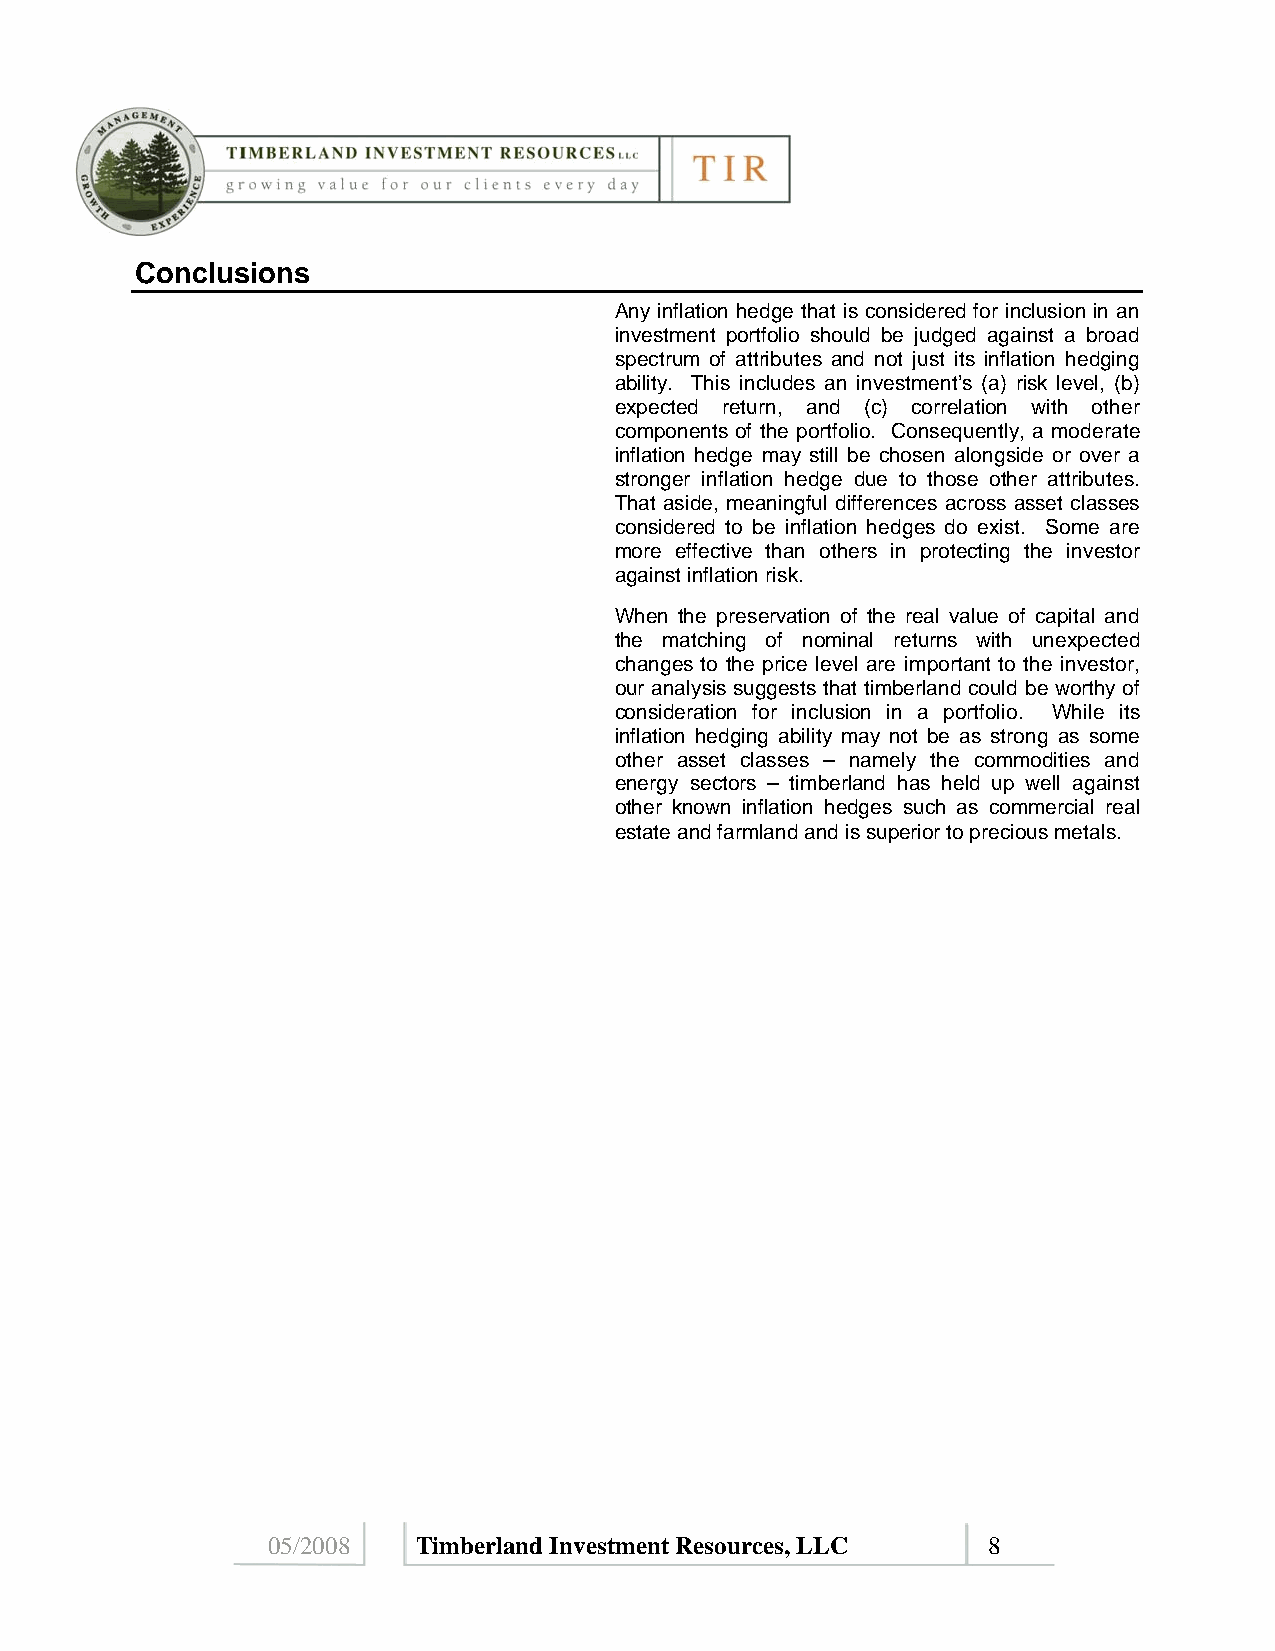
Conclusions
 Any inflation hedge that is considered for inclusion in an
 investment portfolio should be judged against a broad
 spectrum of attributes and not just its inflation hedging
 ability. This includes an investment’s (a) risk level, (b)
 expected return, and (c) correlation with other
 components of the portfolio. Consequently, a moderate
 inflation hedge may still be chosen alongside or over a
 stronger inflation hedge due to those other attributes.
 That aside, meaningful differences across asset classes
 considered to be inflation hedges do exist. Some are
 more effective than others in protecting the investor
 against inflation risk.
 When the preservation of the real value of capital and
 the matching of nominal returns with unexpected
 changes to the price level are important to the investor,
 our analysis suggests that timberland could be worthy of
 consideration for inclusion in a portfolio. While its
 inflation hedging ability may not be as strong as some
 other asset classes – namely the commodities and
 energy sectors – timberland has held up well against
 other known inflation hedges such as commercial real
 estate and farmland and is superior to precious metals.
 05/2008   Timberland Investment Resources, LLC 8